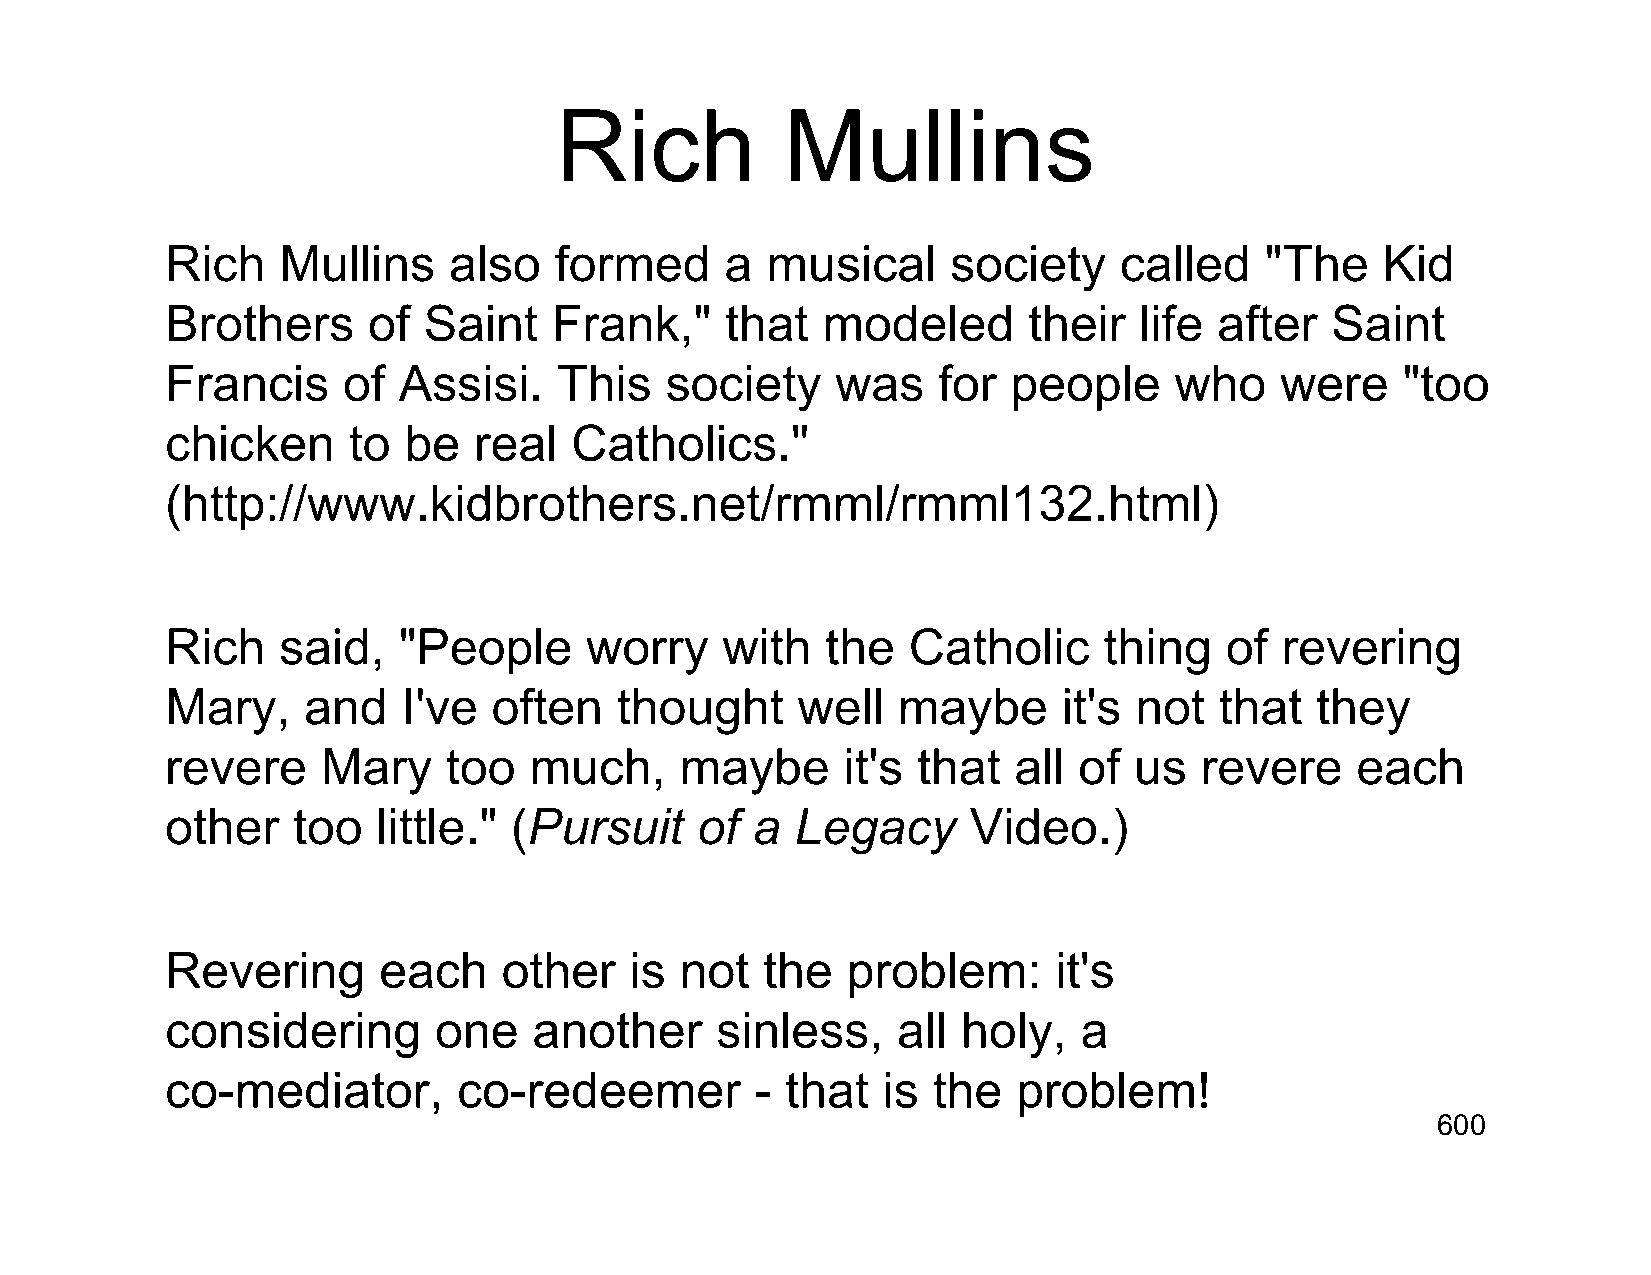
Rich           Mullins
 Rich   Mullins     also   formed     a  musical     society    called    "The   Kid
 Brothers     of  Saint    Frank,"    that  modeled       their  life  after  Saint
 Francis     of Assisi.    This   society    was    for  people     who    were    "too
 chicken     to  be  real   Catholics."
 (http://www.kidbrothers.net/rmml/rmml132.html)
 Rich   said,   "People      worry    with   the  Catholic     thing   of  revering
 Mary,    and    I've  often   thought     well  maybe      it's not   that  they
 revere    Mary     too  much,     maybe      it's that  all of  us  revere     each
 other   too   little." (Pursuit    of  a  Legacy     Video.)
 Revering      each    other    is not  the   problem:      it's
 considering       one   another     sinless,    all  holy,   a
 co-mediator,       co-redeemer         - that  is  the  problem!
 600